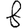
Digit: 8